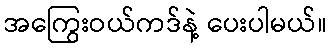
အကြွေးဝယ်ကဒ်နဲ့ ပေးပါမယ်။